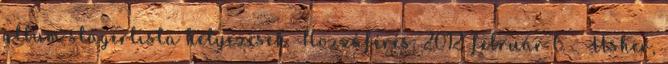
album slágerlista helyezések. Hozzáférés: 2012. február 6. ↑ Usher,